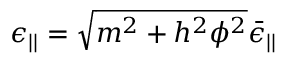
\epsilon _ { | | } = \sqrt { m ^ { 2 } + h ^ { 2 } \phi ^ { 2 } } \bar { \epsilon } _ { | | }